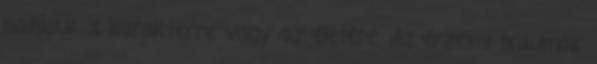
hatásuk a karakterre vagy az életére. Az érzelmi traumák